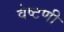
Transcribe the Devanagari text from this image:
वेष्टणी